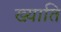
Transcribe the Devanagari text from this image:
ख्य़ाति